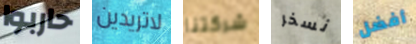
حاربوا لاتريدين شركتنا نسخر أفضل